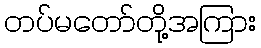
တပ်မတော်တို့အကြား